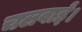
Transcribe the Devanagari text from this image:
चलवाईं।